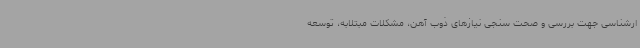
ارشناسی جهت بررسی و صحت سنجی نیازهای ذوب آهن، مشکلات مبتلابه، توسعه